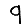
Digit: 9